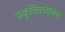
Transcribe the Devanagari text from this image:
प्रकृतिरव्यक्ता